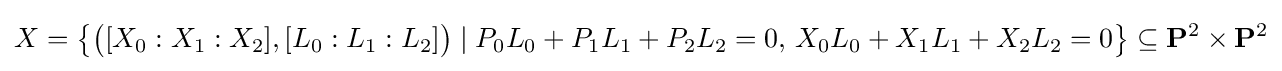
X={\bigl \{}{\bigl (}[X_{0}:X_{1}:X_{2}],[L_{0}:L_{1}:L_{2}]{\bigr )}\mid P_{0}L_{0}+P_{1}L_{1}+P_{2}L_{2}=0,\,X_{0}L_{0}+X_{1}L_{1}+X_{2}L_{2}=0{\bigr \}}\subseteq \mathbf {P} ^{2}\times \mathbf {P} ^{2}